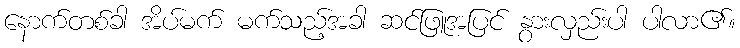
နောက်တစ်ခါ အိပ်မက် မက်သည့်အခါ ဆင်ဖြူအပြင် နွားလှည်းပါ ပါလာ၏။